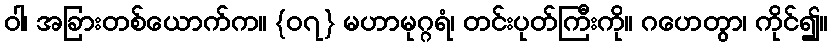
ဝါ၊ အခြားတစ်ယောက်က။ {၀၇} မဟာမုဂ္ဂရံ၊ တင်းပုတ်ကြီးကို။ ဂဟေတွာ၊ ကိုင်၍။